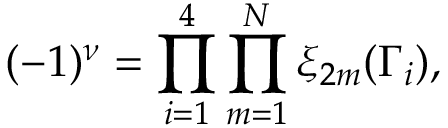
( - 1 ) ^ { \nu } = \prod _ { i = 1 } ^ { 4 } \prod _ { m = 1 } ^ { N } \xi _ { 2 m } ( \Gamma _ { i } ) ,